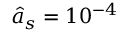
\hat { a } _ { s } = 1 0 ^ { - 4 }